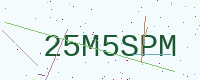
Text: 25M5SPM